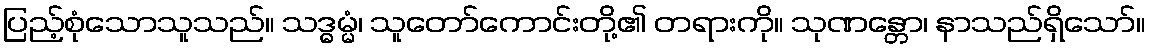
ပြည့်စုံသောသူသည်။ သဒ္ဓမ္မံ၊ သူတော်ကောင်းတို့၏ တရားကို။ သုဏန္တော၊ နာသည်ရှိသော်။